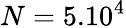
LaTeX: N=5.10^{4}